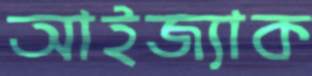
আইজ্যাক